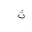
Letter: _tha